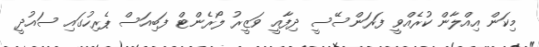
މިކަން އިއްލާން ކުރެއްވީ ފަރަންސޭސީ ދިފާއީ ވަޒީރު ލޯރެންޓް ފަބިއަސް ޕެރިހުގައި ސައުދީ